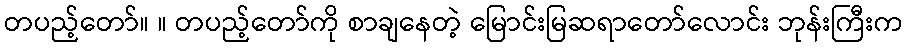
တပည့်တော်။ ။ တပည့်တော်ကို စာချနေတဲ့ မြောင်းမြဆရာတော်လောင်း ဘုန်းကြီးက